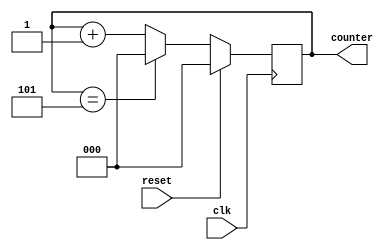
// This program was cloned from: https://github.com/ekb0412/100DaysofRTL
// License: Apache License 2.0

`timescale 1ns / 1ps

module mod_N_counter
      #(parameter N = 6,
        parameter LENGTH = 3)
        
       (input clk,reset, output reg [LENGTH-1:0] counter);
        
        always@(posedge clk)
        begin
            if(reset)
            counter <= 0;
            else
                if(counter == N-1)
                counter <= 0;
                else
                counter <= counter + 1;
         end        
endmodule